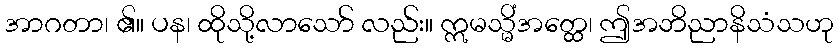
အာဂတာ၊ ၏။ ပန၊ ထိုသို့လာသော် လည်း။ ဣမသ္မိံအတ္ထေ၊ ဤအဘိညာနိသံသဟု